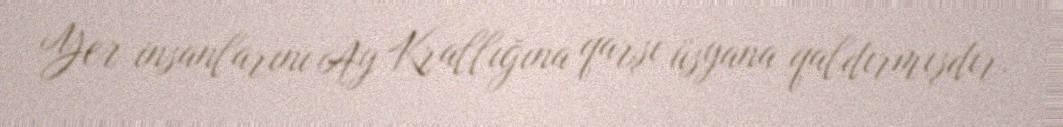
Yer insanlarını Ay Krallığına qarşı üsyana qaldırmışdır.